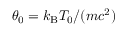
\theta _ { 0 } = \ensuremath { k _ { \mathrm { B } } } T _ { 0 } / ( m c ^ { 2 } )